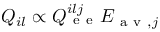
Q _ { i l } \propto Q _ { \mathrm { ~ e ~ e ~ } } ^ { i l j } E _ { \mathrm { ~ a ~ v ~ } , j }